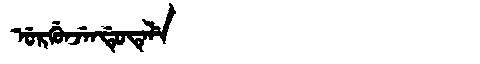
Manchu: ᡠᡵᡤᡠᠨᠵᡝᠨᡩᡠᡨᡝᠯᡝ
Romanization: URGUNJENDUTELE